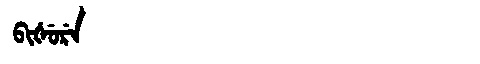
Manchu: ᠪᡳᡧᡠᡵᡝ
Romanization: BIŠURE